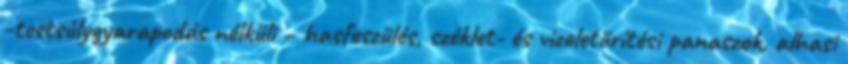
-testsúlygyarapodás nélküli – hasfeszülés, széklet- és vizeletürítési panaszok, alhasi